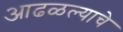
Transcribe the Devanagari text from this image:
आढळल्याचे